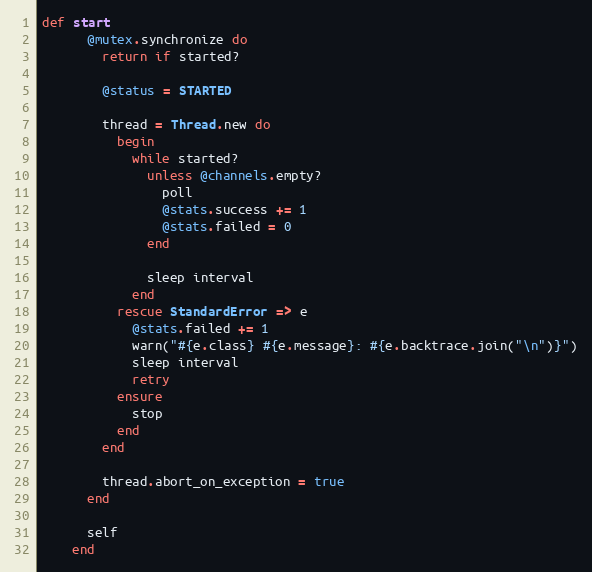
Language: Ruby
def start
      @mutex.synchronize do
        return if started?

        @status = STARTED

        thread = Thread.new do
          begin
            while started?
              unless @channels.empty?
                poll
                @stats.success += 1
                @stats.failed = 0
              end

              sleep interval
            end
          rescue StandardError => e
            @stats.failed += 1
            warn("#{e.class} #{e.message}: #{e.backtrace.join("\n")}")
            sleep interval
            retry
          ensure
            stop
          end
        end

        thread.abort_on_exception = true
      end

      self
    end